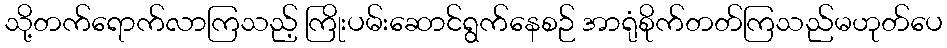
သို့တက်ရောက်လာကြသည့် ကြိုးပမ်းဆောင်ရွက်နေစဉ် အာရုံစိုက်တတ်ကြသည်မဟုတ်ပေ